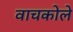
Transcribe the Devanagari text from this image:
वाचकोले